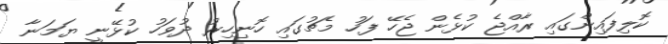
ކޮލިފައިންގައި ރާއްޖެ ކުޅެން ޖެހޭ ފަހު މެޗުގައި ހޮނިހިރު ދުވަހު ކުޅޭނީ ޔަމަނާ